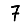
Digit: 7